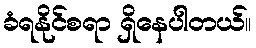
ခံရနိုင်စရာ ရှိနေပါတယ်။